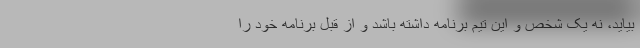
بیاید، نه یک شخص و این تیم برنامه داشته باشد و از قبل برنامه خود را